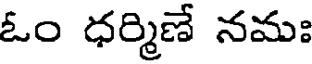
ఓం ధర్మిణే నమః